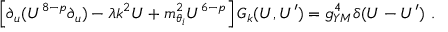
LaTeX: \left[ \partial _ { u } ( U ^ { 8 - p } \partial _ { u } ) - \lambda k ^ { 2 } U + m _ { \theta _ { i } } ^ { 2 } U ^ { 6 - p } \right] { \cal G } _ { k } ( U , U ^ { \prime } ) = g _ { Y M } ^ { 4 } \delta ( U - U ^ { \prime } ) ~ .